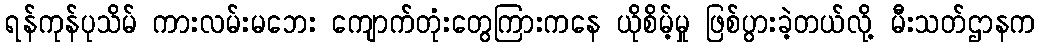
ရန်ကုန်ပုသိမ် ကားလမ်းမဘေး ကျောက်တုံးတွေကြားကနေ ယိုစိမ့်မှု ဖြစ်ပွားခဲ့တယ်လို့ မီးသတ်ဌာနက